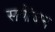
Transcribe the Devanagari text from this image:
सयोंजन